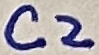
Text: C2